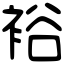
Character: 裕